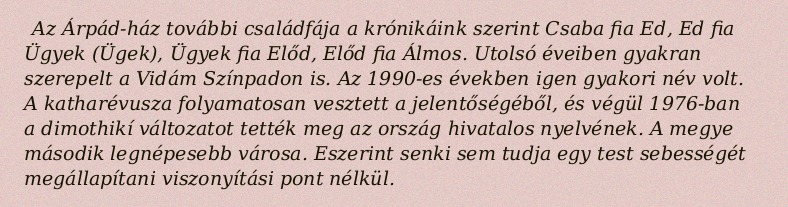
Az Árpád-ház további családfája a krónikáink szerint Csaba fia Ed, Ed fia Ügyek (Ügek), Ügyek fia Előd, Előd fia Álmos. Utolsó éveiben gyakran szerepelt a Vidám Színpadon is. Az 1990-es években igen gyakori név volt. A katharévusza folyamatosan vesztett a jelentőségéből, és végül 1976-ban a dimothikí változatot tették meg az ország hivatalos nyelvének. A megye második legnépesebb városa. Eszerint senki sem tudja egy test sebességét megállapítani viszonyítási pont nélkül.